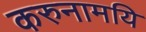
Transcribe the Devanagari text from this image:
करुनामयि